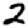
Digit: 2